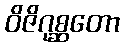
ဝိဇိဂုစ္ဆတော